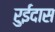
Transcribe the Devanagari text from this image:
रुईदास